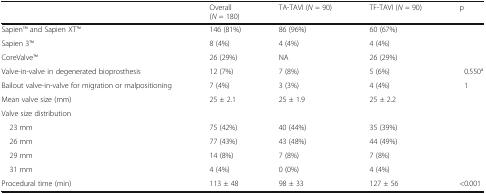
|  | Overall(N = 180) | TA-TAVI (N = 90) | TF-TAVI (N = 90) | p |
 | --- | --- | --- | --- | --- |
 | SapienTM and Sapien XTTM | 146 (81%) | 86 (96%) | 60 (67%) |  |
 | Sapien 3TM | 8 (4%) | 4 (4%) | 4 (4%) |  |
 | CoreValveTM | 26 (29%) | NA | 26 (29%) |  |
 | Valve-in-valve in degenerated bioprosthesis | 12 (7%) | 7 (8%) | 5 (6%) | 0.550a |
 | Bailout valve-in-valve for migration or malpositioning | 7 (4%) | 3 (3%) | 4 (4%) | 1 |
 | Mean valve size (mm) | 25 ± 2.1 | 25 ± 1.9 | 25 ± 2.2 |  |
 | <COLSPAN=5> Valve size distribution |
 | 23 mm | 75 (42%) | 40 (44%) | 35 (39%) |  |
 | 26 mm | 77 (43%) | 43 (48%) | 44 (49%) |  |
 | 29 mm | 14 (8%) | 7 (8%) | 7 (8%) |  |
 | 31 mm | 4 (4%) | 0 (0%) | 4 (4%) |  |
 | Procedural time (min) | 113 ± 48 | 98 ± 33 | 127 ± 56 | <0.001 |